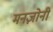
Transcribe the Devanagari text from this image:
मनज़ोनी